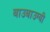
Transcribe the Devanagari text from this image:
बाउबाउग्यी